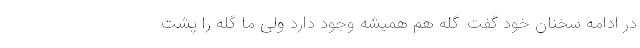
در ادامه سخنان خود گفت: گِله هم همیشه وجود دارد ولی ما گِله را پشت